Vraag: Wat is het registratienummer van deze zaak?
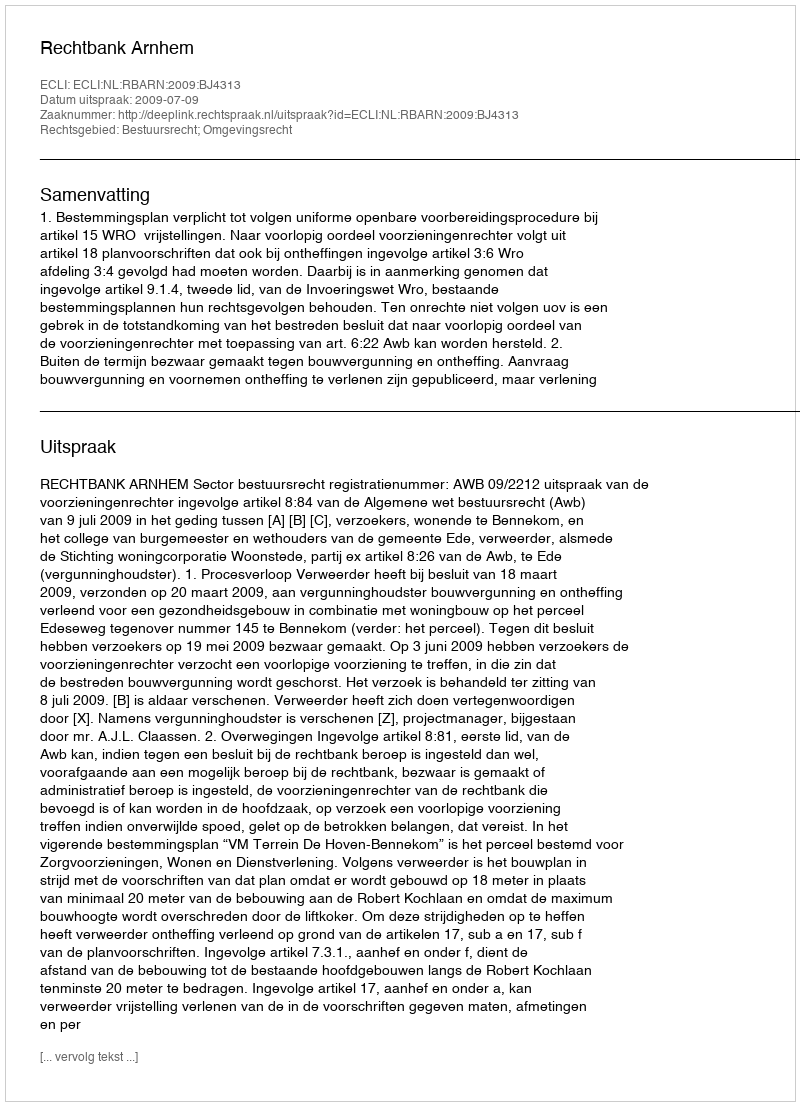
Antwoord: http://deeplink.rechtspraak.nl/uitspraak?id=ECLI:NL:RBARN:2009:BJ4313